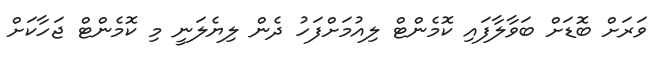
ވަރަށް ބޮޑަށް ބަވާލާފައި ކޮމެންޓް ލިއުމަށްފަހު ދެން ލިޔެލަނީ މި ކޮމެންޓް ޖަހާކަށް